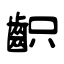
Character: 齞